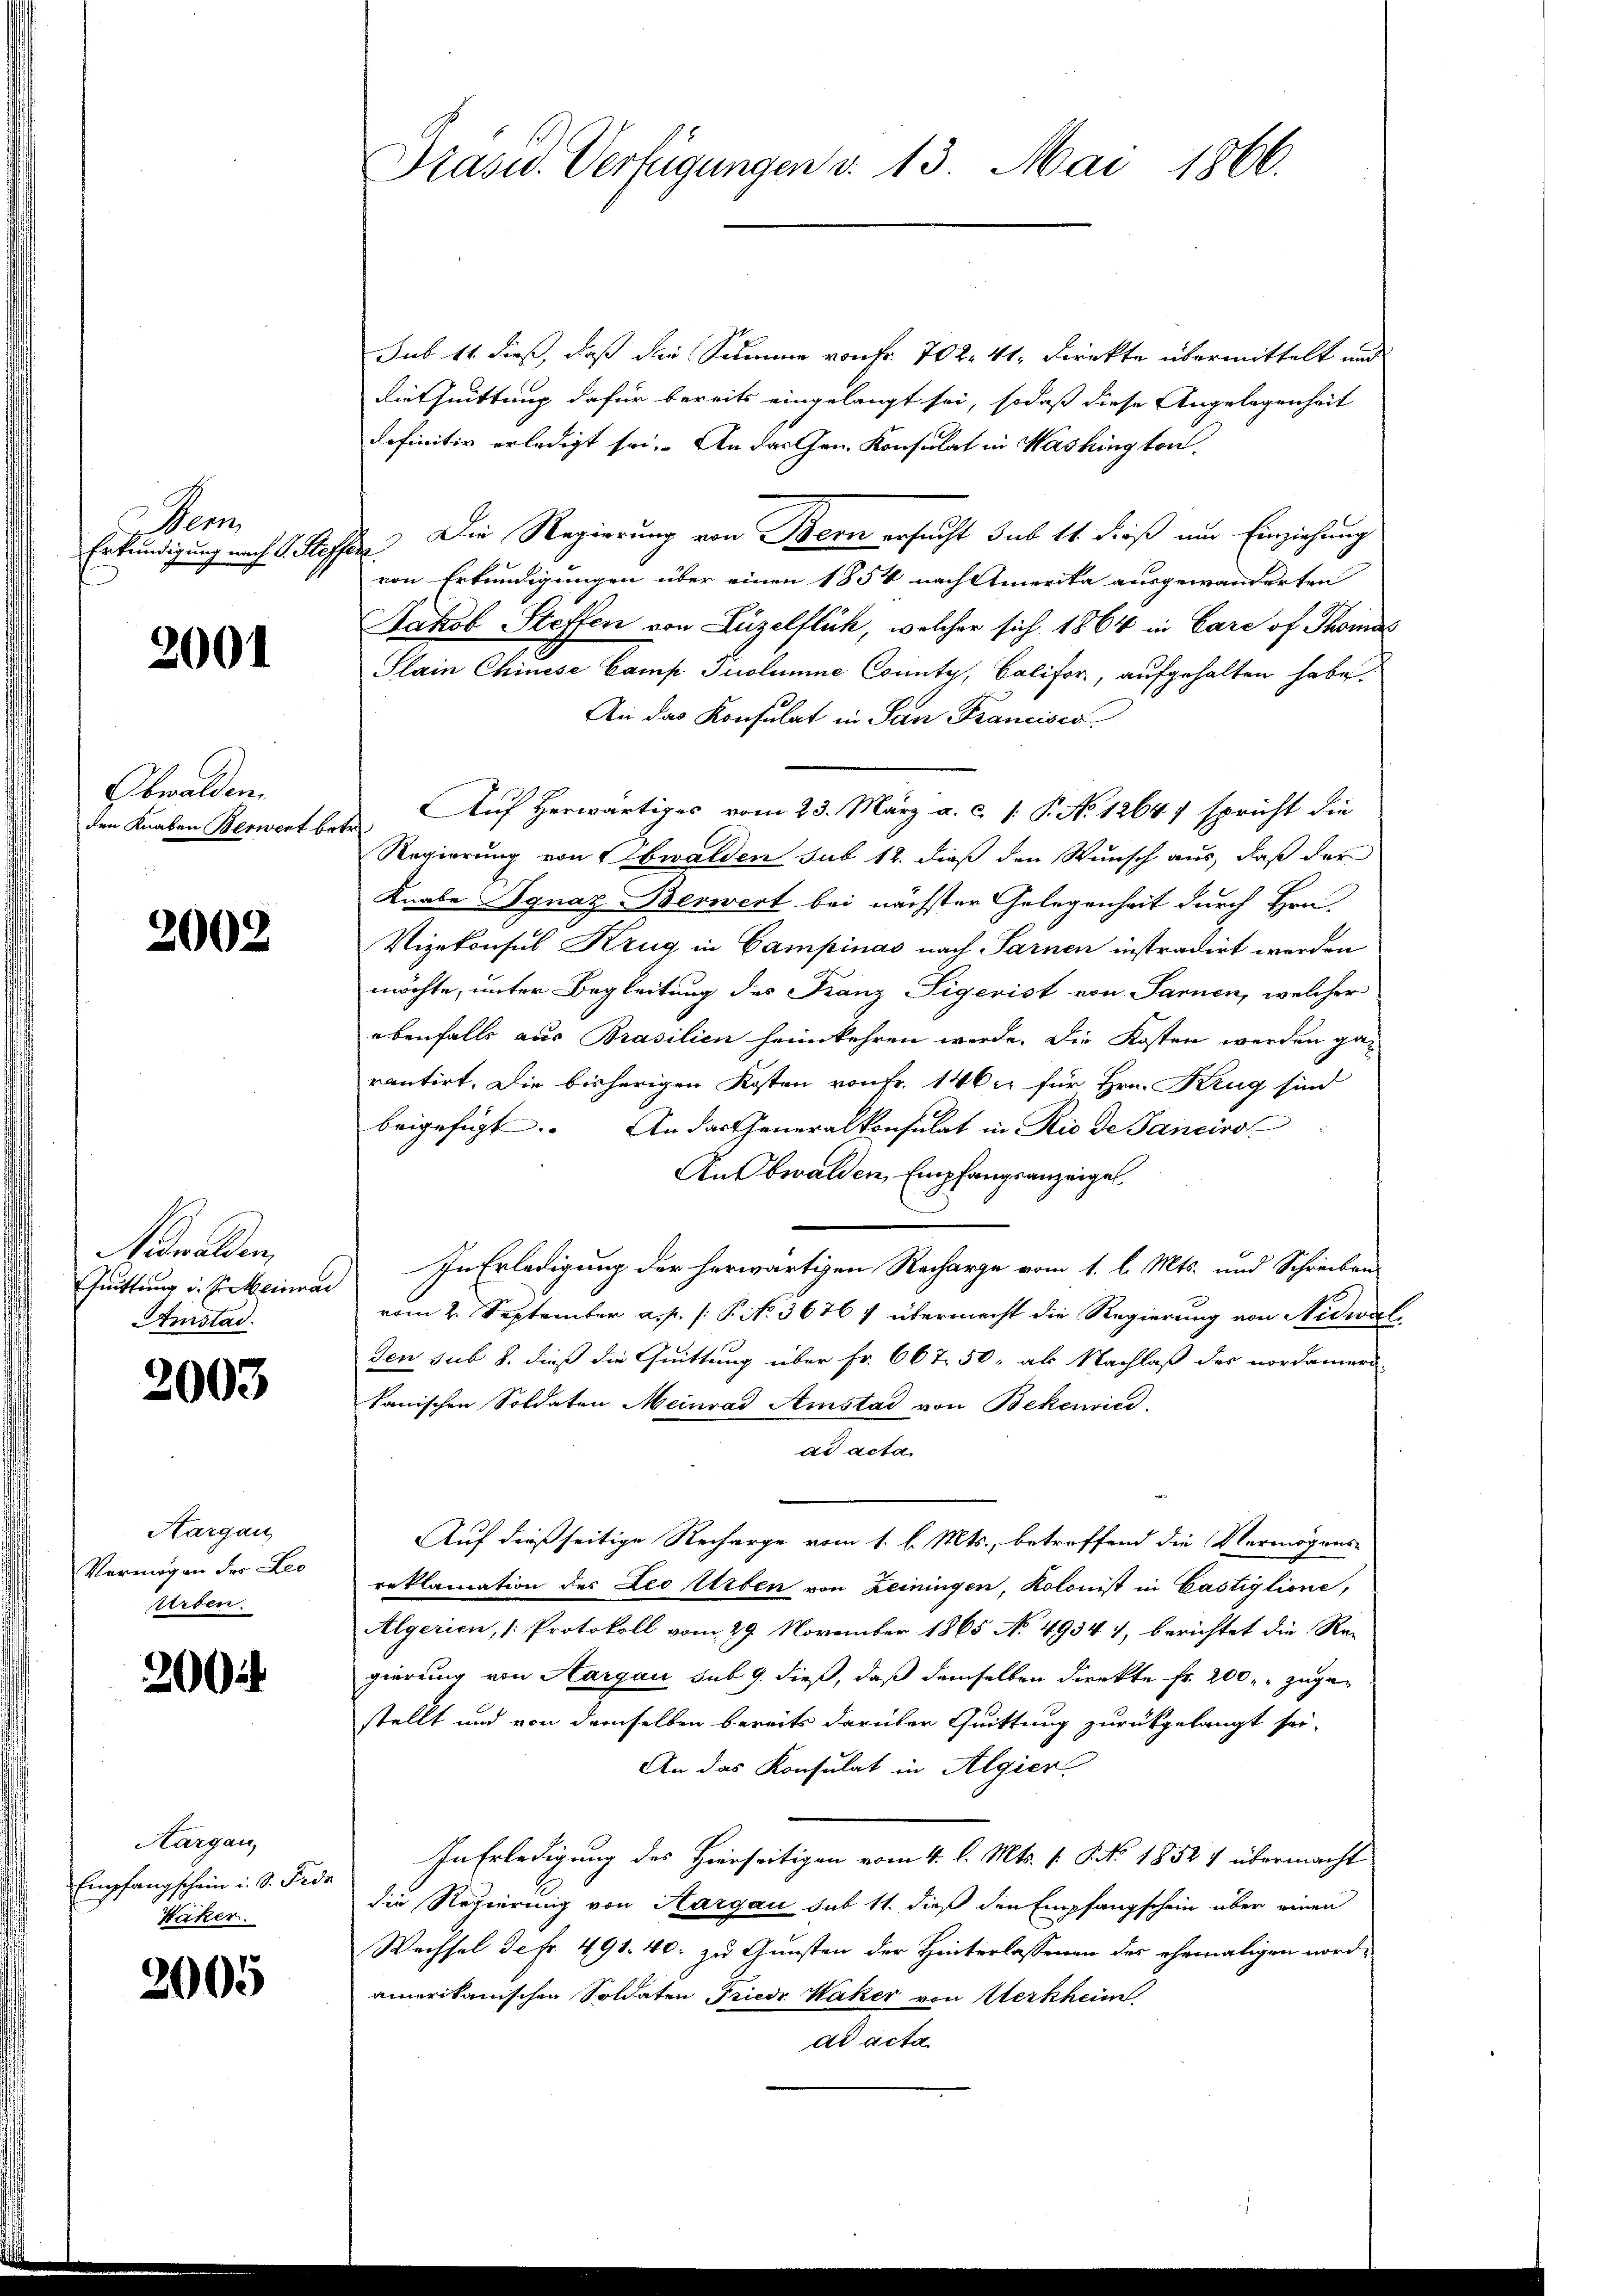
dem

2001

Obwalden.

2002

Nidwalden,
Quittung v. Steinma
Amstad

2003

Hargau
Vermögen der Leo
Arten.

200

Aargau,
Empfangschein u. S. Fede
Wäker.

2005

sub 14 dieß, daß die Summe von Fr. 702. 41. Direkte übermittelt und
Diethuittung dafür bereits eingelangt sei, sodaß diese Angelegenheit
definitiv erledigt sei. An das Gen. Konsulat in Washington.
Erkundigung nach 1 Kaffen. Die Regierung von Bern ersucht sub 14. dieß aus Einziehung
von Erkundigungen über einen 1854 nach Amerika ausgewanderten
Jakob Steffen von Luzelflück, welcher sich 1864 in Care of Thomas
Slain Chinese Camp Puolumme County, Califor, aufgehalten habe.
An das Konsulat in San Francisco
den Knaben Berwort betr. Auf Herwärtiges vom 23. März a. c. s. P. No 1264) spricht die
Regierung von Obwalden sub 12. dieß den Wunsch aus, daß der
Knabe Ignaz Berwert bei nächster Gelegenheit durch Hrn.
Vizekonsul Kzug in Campinas nach Sarnen instradirt werden
möchte, unter Begleitung des Kanz-Sigerist von Sarnen, welcher
ebenfalls aus Brasilien heimkehren werde. Die Kosten werden gan
rantirt. Die bisherigen Kosten von Fr. 146 xr für Hrn. Krug sind
beigefügt. An das Generalkonsulat in Rio de Sanciro
An Obwalden Empfangsanzeigel.
In Erledigung der herwärtigen Recharge vom 1. l. Mts. und Schreiben
vom 2. September a. p. P. P. Nr. 36767 übermacht die Regierung von Nidwal
den sub 8. dieß die Quittung über Fr. 667 50, als Nachlaß des nordameri-
kanischen Soldaten Meinrad Amstad von Bekenried.
ad acta
Auf dießseitige Recharge vom 1. l. Mts., betreffend die Vermögens-
reklamation des Leo Urben von Leiningen, Kolonist in Castiglione,
Algerien, (: Protokoll vom 29. November 1865 No 49341, berichtet die Re-
gierung von Aargau sub 9. dieß, daß demselben direkte Fr. 200 zugestellt und von demselben bereits darüber Quittung zurückgelangt sei.
An das Konsulat in Algier
In Erledigung des Hierseitigen vom 4. l. Mts. f. P. No. 1852 & übermacht
die Regierung von Hargau sub 11. dieß den Empfangschein über einen
Wechsel defr. 491. 40. zu Gunsten der Hinterlassenen des ehemaligen nordamerikanischen Soldaten Friedr Waker von Werkheim
ad acta

Präsid. Verfügungen v. 13. Mai 1866.